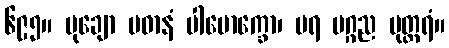
၆၉၅။ မုချော ပဓာနံ ပါမောက္ခော၊ ပရ မဂ္ဂည မုတ္တရံ။